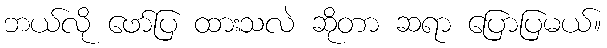
ဘယ်လို ဖော်ပြ ထားသလဲ ဆိုတာ ဆရာ ပြောပြမယ်။